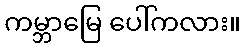
ကမ္ဘာမြေ ပေါ်ကလား။